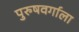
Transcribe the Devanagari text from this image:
पुरुषवर्गाला